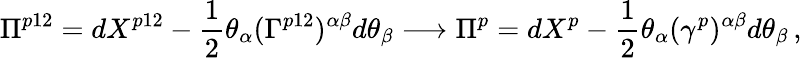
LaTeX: \Pi^{p12}=dX^{p12}-\frac{1}{2}\theta_{\alpha}(\Gamma^{p12})^{\alpha\beta}d\theta_{\beta}\longrightarrow\Pi^{p}=dX^{p}-\frac{1}{2}\theta_{\alpha}(\gamma^{p})^{\alpha\beta}d\theta_{\beta}\, ,